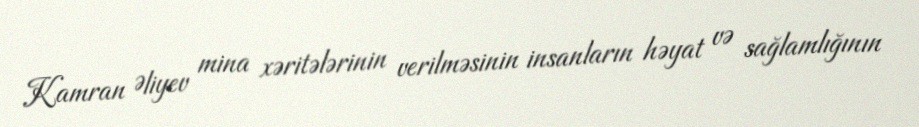
Kamran Əliyev mina xəritələrinin verilməsinin insanların həyat və sağlamlığının